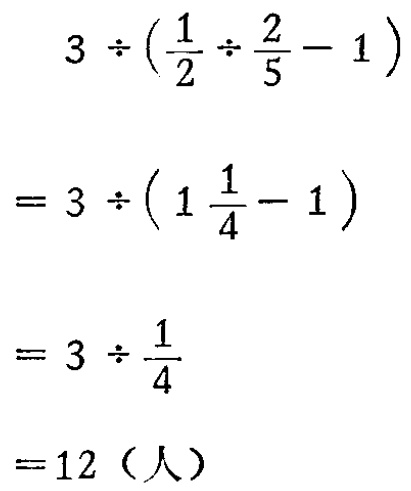
\[

\begin{align*}

&3\div(\frac{1}{2}\div\frac{2}{5}-1)\\

=&3\div(1\frac{1}{4}-1)\\

=&3\div\frac{1}{4}\\

=&12（人）

\end{align*}

\]